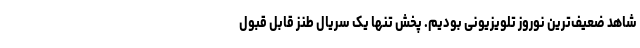
شاهد ضعیف‌ترین نوروز تلویزیونی بودیم. پخش تنها یک سریال طنز قابل قبول